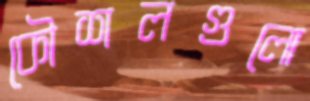
কৌশলগুলো